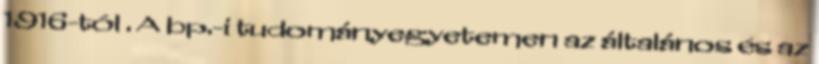
1916-tól . A bp.-i tudományegyetemen az általános és az